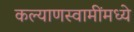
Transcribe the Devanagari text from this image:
कल्याणस्वामींमध्ये